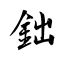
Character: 鈯